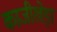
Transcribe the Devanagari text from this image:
काजीखेड़ा